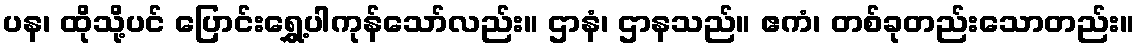
ပန၊ ထိုသို့ပင် ပြောင်းရွှေ့ပါကုန်သော်လည်း။ ဌာနံ၊ ဌာနသည်။ ဧကံ၊ တစ်ခုတည်းသောတည်း။